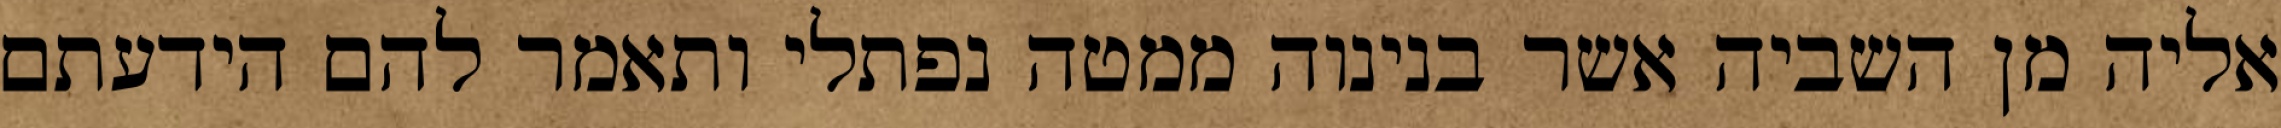
אליה מן השביה אשר בנינוה ממטה נפתלי ותאמר להם הידעתם